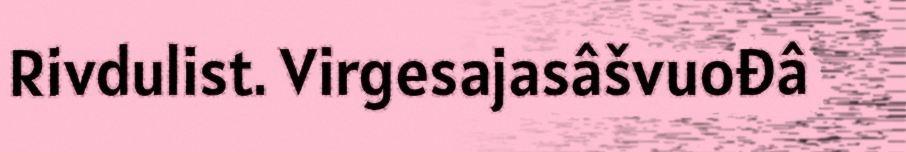
Rivdulist. Virgesajasâšvuođâ